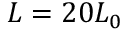
L = 2 0 L _ { 0 }